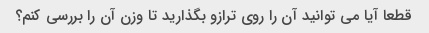
قطعا آیا می توانید آن را روی ترازو بگذارید تا وزن آن را بررسی کنم؟